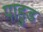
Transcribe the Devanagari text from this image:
पाहुड